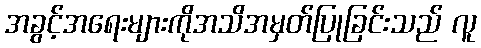
အခွင့်အရေးများကိုအသိအမှတ်ပြုခြင်းသည် လူ